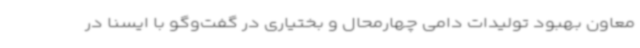
معاون بهبود تولیدات دامی چهارمحال و بختیاری در گفت‌وگو با ایسنا در